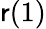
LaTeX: \mathsf{r}(1)